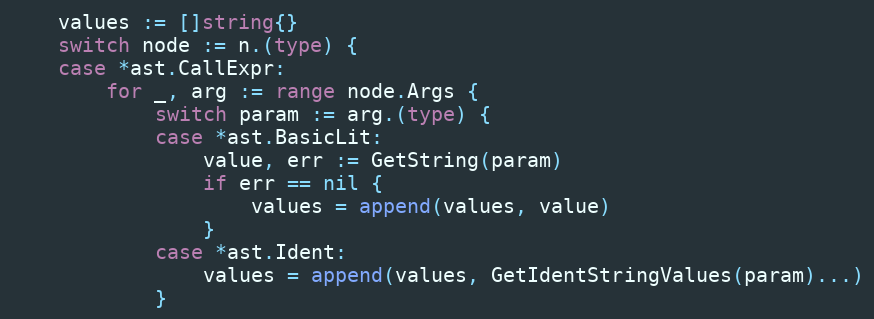
Language: Go
	values := []string{}
	switch node := n.(type) {
	case *ast.CallExpr:
		for _, arg := range node.Args {
			switch param := arg.(type) {
			case *ast.BasicLit:
				value, err := GetString(param)
				if err == nil {
					values = append(values, value)
				}
			case *ast.Ident:
				values = append(values, GetIdentStringValues(param)...)
			}